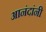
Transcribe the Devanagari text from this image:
आनंदांनी